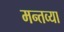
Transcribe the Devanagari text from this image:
मन्तव्या